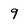
Character: 9